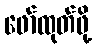
ဖော်ထုတ်ဖို့